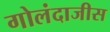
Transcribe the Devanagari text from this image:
गोलंदाजीस